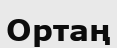
Ортаң